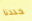
حددنا